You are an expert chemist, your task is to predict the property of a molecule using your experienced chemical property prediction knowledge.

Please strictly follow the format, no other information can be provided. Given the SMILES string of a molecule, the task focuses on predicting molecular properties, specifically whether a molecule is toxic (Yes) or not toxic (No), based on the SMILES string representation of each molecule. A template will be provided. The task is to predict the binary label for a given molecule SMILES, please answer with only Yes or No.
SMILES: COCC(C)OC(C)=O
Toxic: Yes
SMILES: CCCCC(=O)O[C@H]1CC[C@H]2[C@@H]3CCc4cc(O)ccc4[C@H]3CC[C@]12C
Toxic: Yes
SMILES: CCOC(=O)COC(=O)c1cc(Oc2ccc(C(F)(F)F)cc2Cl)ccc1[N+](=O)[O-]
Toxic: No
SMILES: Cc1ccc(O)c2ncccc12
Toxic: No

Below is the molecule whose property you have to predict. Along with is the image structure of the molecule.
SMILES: CCC(C)c1ccccc1O
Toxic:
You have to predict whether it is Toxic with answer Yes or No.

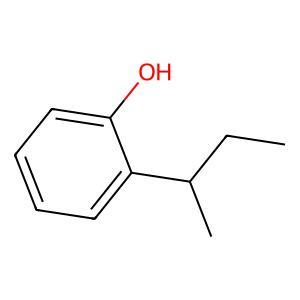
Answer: No